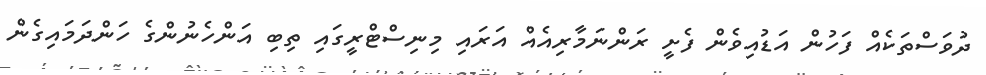
ދުވަސްތަކެއް ފަހުން އަޑުއިވެން ފެށީ ރަންނަމާރިއެއް އަރައި މިނިސްޓްރީގައި ތިބި އަންހެނުންގެ ހަންދަމައިގެން